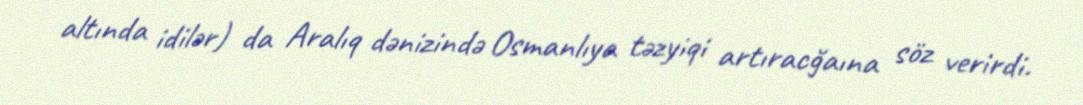
altında idilər) da Aralıq dənizində Osmanlıya təzyiqi artıracğaına söz verirdi.